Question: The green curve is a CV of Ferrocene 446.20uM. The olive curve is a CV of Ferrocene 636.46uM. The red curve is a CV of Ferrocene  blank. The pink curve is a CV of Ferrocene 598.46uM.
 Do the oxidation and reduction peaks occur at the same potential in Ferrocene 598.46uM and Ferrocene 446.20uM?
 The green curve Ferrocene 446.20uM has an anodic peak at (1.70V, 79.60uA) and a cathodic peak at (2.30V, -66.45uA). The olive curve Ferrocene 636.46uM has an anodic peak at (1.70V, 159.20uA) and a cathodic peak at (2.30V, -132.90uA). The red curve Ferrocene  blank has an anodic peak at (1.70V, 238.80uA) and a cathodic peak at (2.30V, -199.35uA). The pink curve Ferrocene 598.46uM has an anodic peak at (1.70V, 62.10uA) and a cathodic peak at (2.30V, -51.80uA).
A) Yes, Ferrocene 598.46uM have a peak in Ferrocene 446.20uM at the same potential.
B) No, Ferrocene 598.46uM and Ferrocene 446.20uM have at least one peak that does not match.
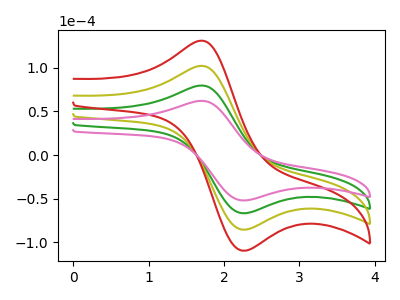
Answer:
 <answer>A) Yes, "Ferrocene 598.46uM" have a peak in "Ferrocene 446.20uM" at the same potential.</answer>
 <eval>A</eval>